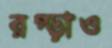
রগ্‌ড়াও